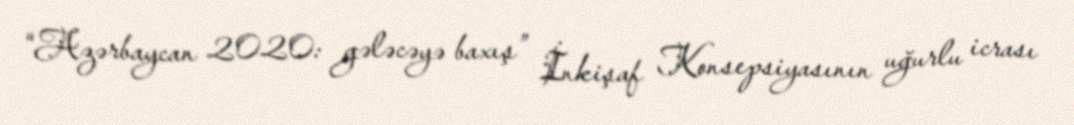
“Azərbaycan 2020: gələcəyə baxış” İnkişaf Konsepsiyasının uğurlu icrası